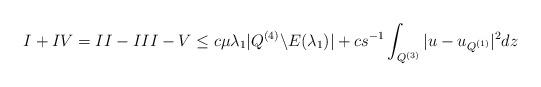
LaTeX: \begin{align*}\uppercase\expandafter{\romannumeral1}+\uppercase\expandafter{\romannumeral4}=\uppercase\expandafter{\romannumeral2}-\uppercase\expandafter{\romannumeral3}-\uppercase\expandafter{\romannumeral5}\leq c\mu\lambda_1|Q^{(4)}\backslash E(\lambda_1)|+cs^{-1}\int_{Q^{(3)}}|u-u_{Q^{(1)}}|^2dz\end{align*}